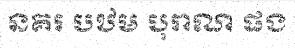
នគរ បឋម បុរាណ ផង